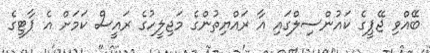
ބޭއްވި ޖޭޕީގެ ކައުންސިލްގައި އާ ރައްޔިތުންގެ މަޖިލީހުގެ ރައީސް ކަމަށް އެ ޕާޓީގެ